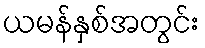
ယမန်နှစ်အတွင်း